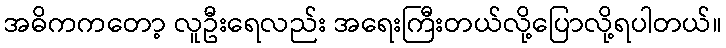
အဓိကကတော့ လူဦးရေလည်း အရေးကြီးတယ်လို့ပြောလို့ရပါတယ်။